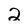
Character: 2